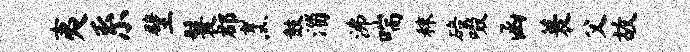
夷系壁鬟郡烹鼓淄沸喘秣碚啜函蓑父故